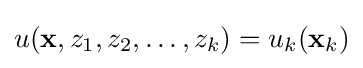
u(\mathbf {x} ,z_{1},z_{2},\ldots ,z_{k})=u_{k}(\mathbf {x} _{k})